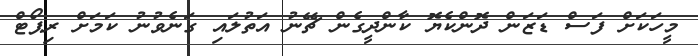
މީހަކަށް ފަސް ޑަޒަން ދޮންކެޔޮ ކާންދީގެން ޗޭނު އަތުލައި ގަނެވުނު ކަމަށް ރިޕޯޓް